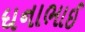
ધનાભાઈ